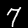
Digit: 7